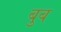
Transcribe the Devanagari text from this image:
बुब